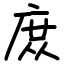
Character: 庻